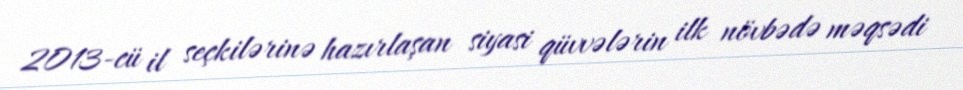
2013-cü il seçkilərinə hazırlaşan siyasi qüvvələrin ilk növbədə məqsədi